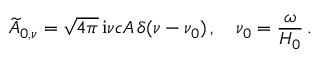
\widetilde { A } _ { 0 , \nu } = \sqrt { 4 \pi } \, \mathrm { i } \nu c { \cal A } \, \delta ( \nu - \nu _ { 0 } ) \, , \quad \nu _ { 0 } = \frac { \omega } { H _ { 0 } } \, .